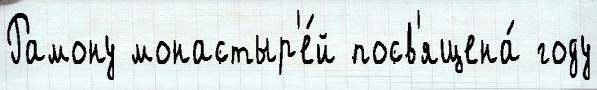
Рамону монастыр'е́й посв'ящена́ году